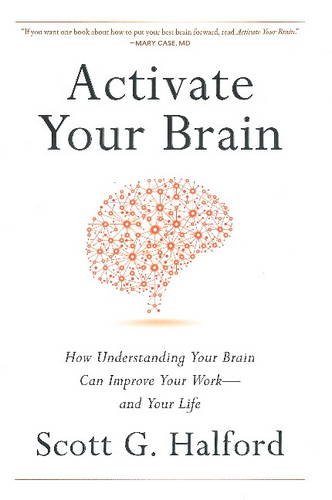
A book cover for Activate Your Brain: How Understanding Your Brain Can Improve Your Work - and Your Life; Scott G. Halford; Business & Money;